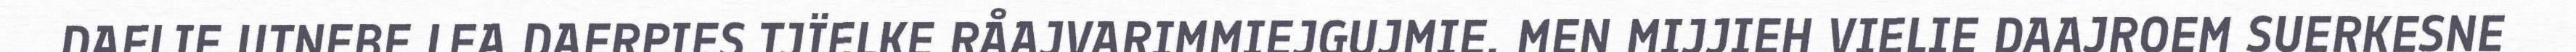
DAELIE UTNEBE LEA DAERPIES TJÏELKE RÅAJVARIMMIEJGUJMIE. MEN MIJJIEH VIELIE DAAJROEM SUERKESNE